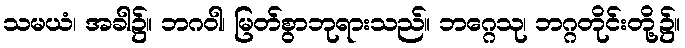
သမယံ၊ အခါ၌။ ဘဂဝါ၊ မြတ်စွာဘုရားသည်။ ဘဂ္ဂေသု၊ ဘဂ္ဂတိုင်းတို့၌။